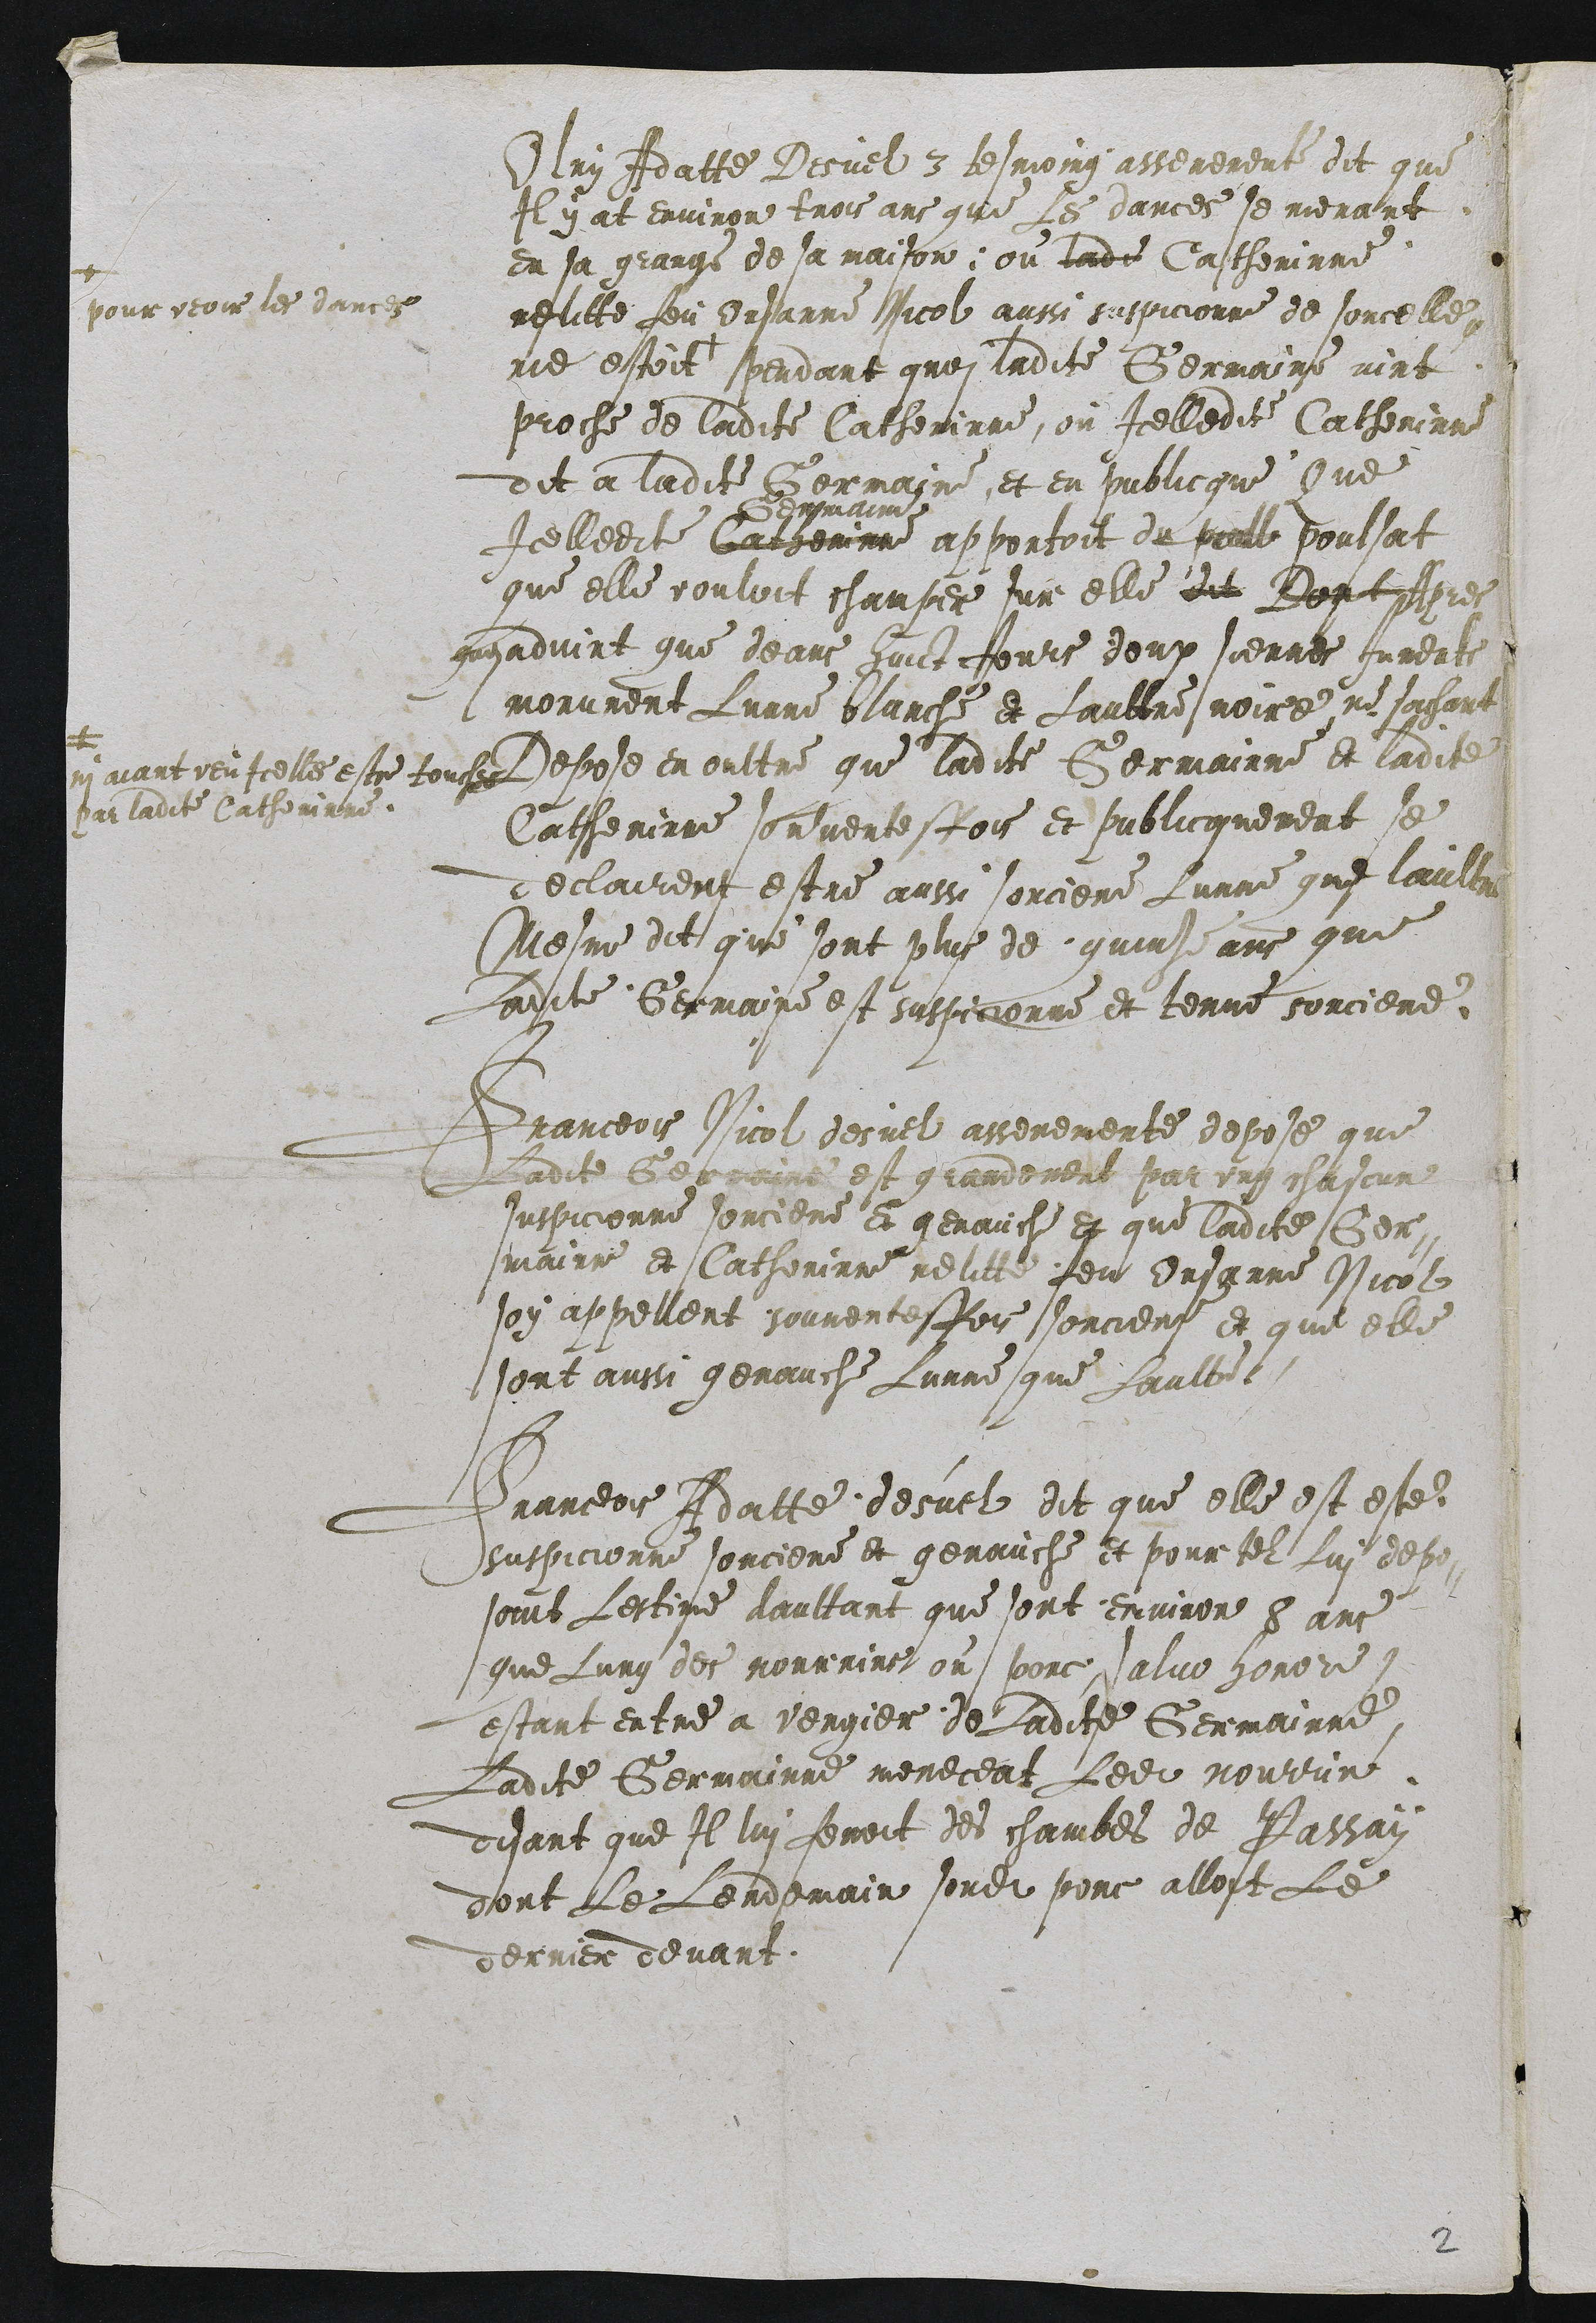
Olry Adatte Desuel 3 tesmoing asserement dit que
Il y at environ trois ans que Les dances se menant
en sa grange de sa maison ou ladite Catherinne
relitte feu Orsanne Nicol aussi suspicionne de sorcelle
ne estoit +
a
pour veoir les dances
pendant quoi ladite Germaine vint
proche de ladite Catherinne, ou Icelledite Catherinne
dit a ladite Germaine et en sublicque une
Icelledite Cachemnne
emaine
apportoit du pou poulsat
que elle vouloit champer sur elle dit Bontplpies
guyadvint que deans huict Jours deux siernes Jurents
morurent Lunne planche et Laultre noire, ne sachant
sun aiant veuIcelles estre toupes
our laiite Catherinne
Depose en oultre que ladite Germainne et ladite
Catherinne sormentesfois et sublicquement se
declairent estre aussi sorciere Lunne que laultr
Mesme dit que sont plus de quins ans que
Ladite Germaine est suspicionne et tenue sorciere.

Franceois Nicol desuel asseremente depose que
Ladite Berenere est grandement par ung chascune
suspicionne sorciere et genauche et que ladite Cer-
mainse et Catherinne relide feu Ursanne Nicol
soy appellent souventesfois sorciere et que elle
sont aussi genauche Lunne que Laulte

Franceois Adatte desuel dit que elle est este
suspicionne sorciere et genauche et pour tel Lui dep-
soint Lestire daultant que sont environ 8 ans
que Lung des mourrine ou porc, salvo honore
estant entre a vergier de Ladite Germainne
Ladite Germainne meneceat Ledit nourrin
disant que Il lui feroit des chambes de Passan
dont Le Lendemain sondit porc allost Le
derrier devant

2